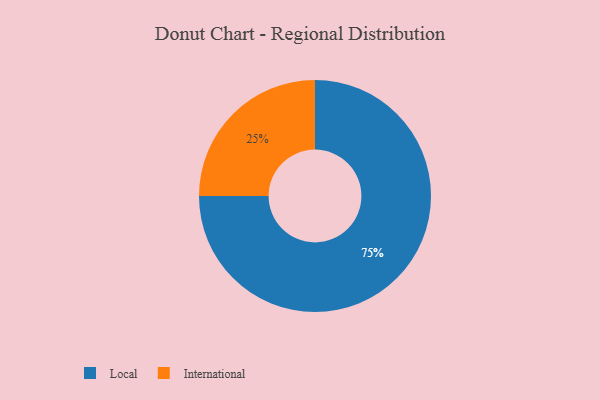
{"axis": {"x": "Category", "y": "Percentage"}, "legend": ["International", "Local"], "data": [{"x": "Local", "y": 75, "type": "Local"}, {"x": "International", "y": 25, "type": "International"}]}